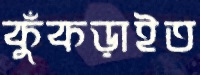
কুঁকড়াইত